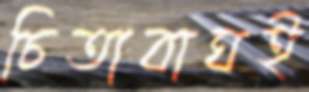
চিতাবাঘই